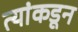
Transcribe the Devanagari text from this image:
त्यांकडून